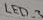
Text: LED_3